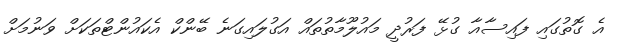
އެ ގޮތުގައި ފައިސާއާ ގުޅޭ ފަރުދީ މައުލޫމާތުތައް އަގުލައިގަނެ ބޭންކް އެކައުންޓްތަކަށް ވަނުމަށް